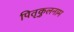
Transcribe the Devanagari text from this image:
पितृकुलनाम